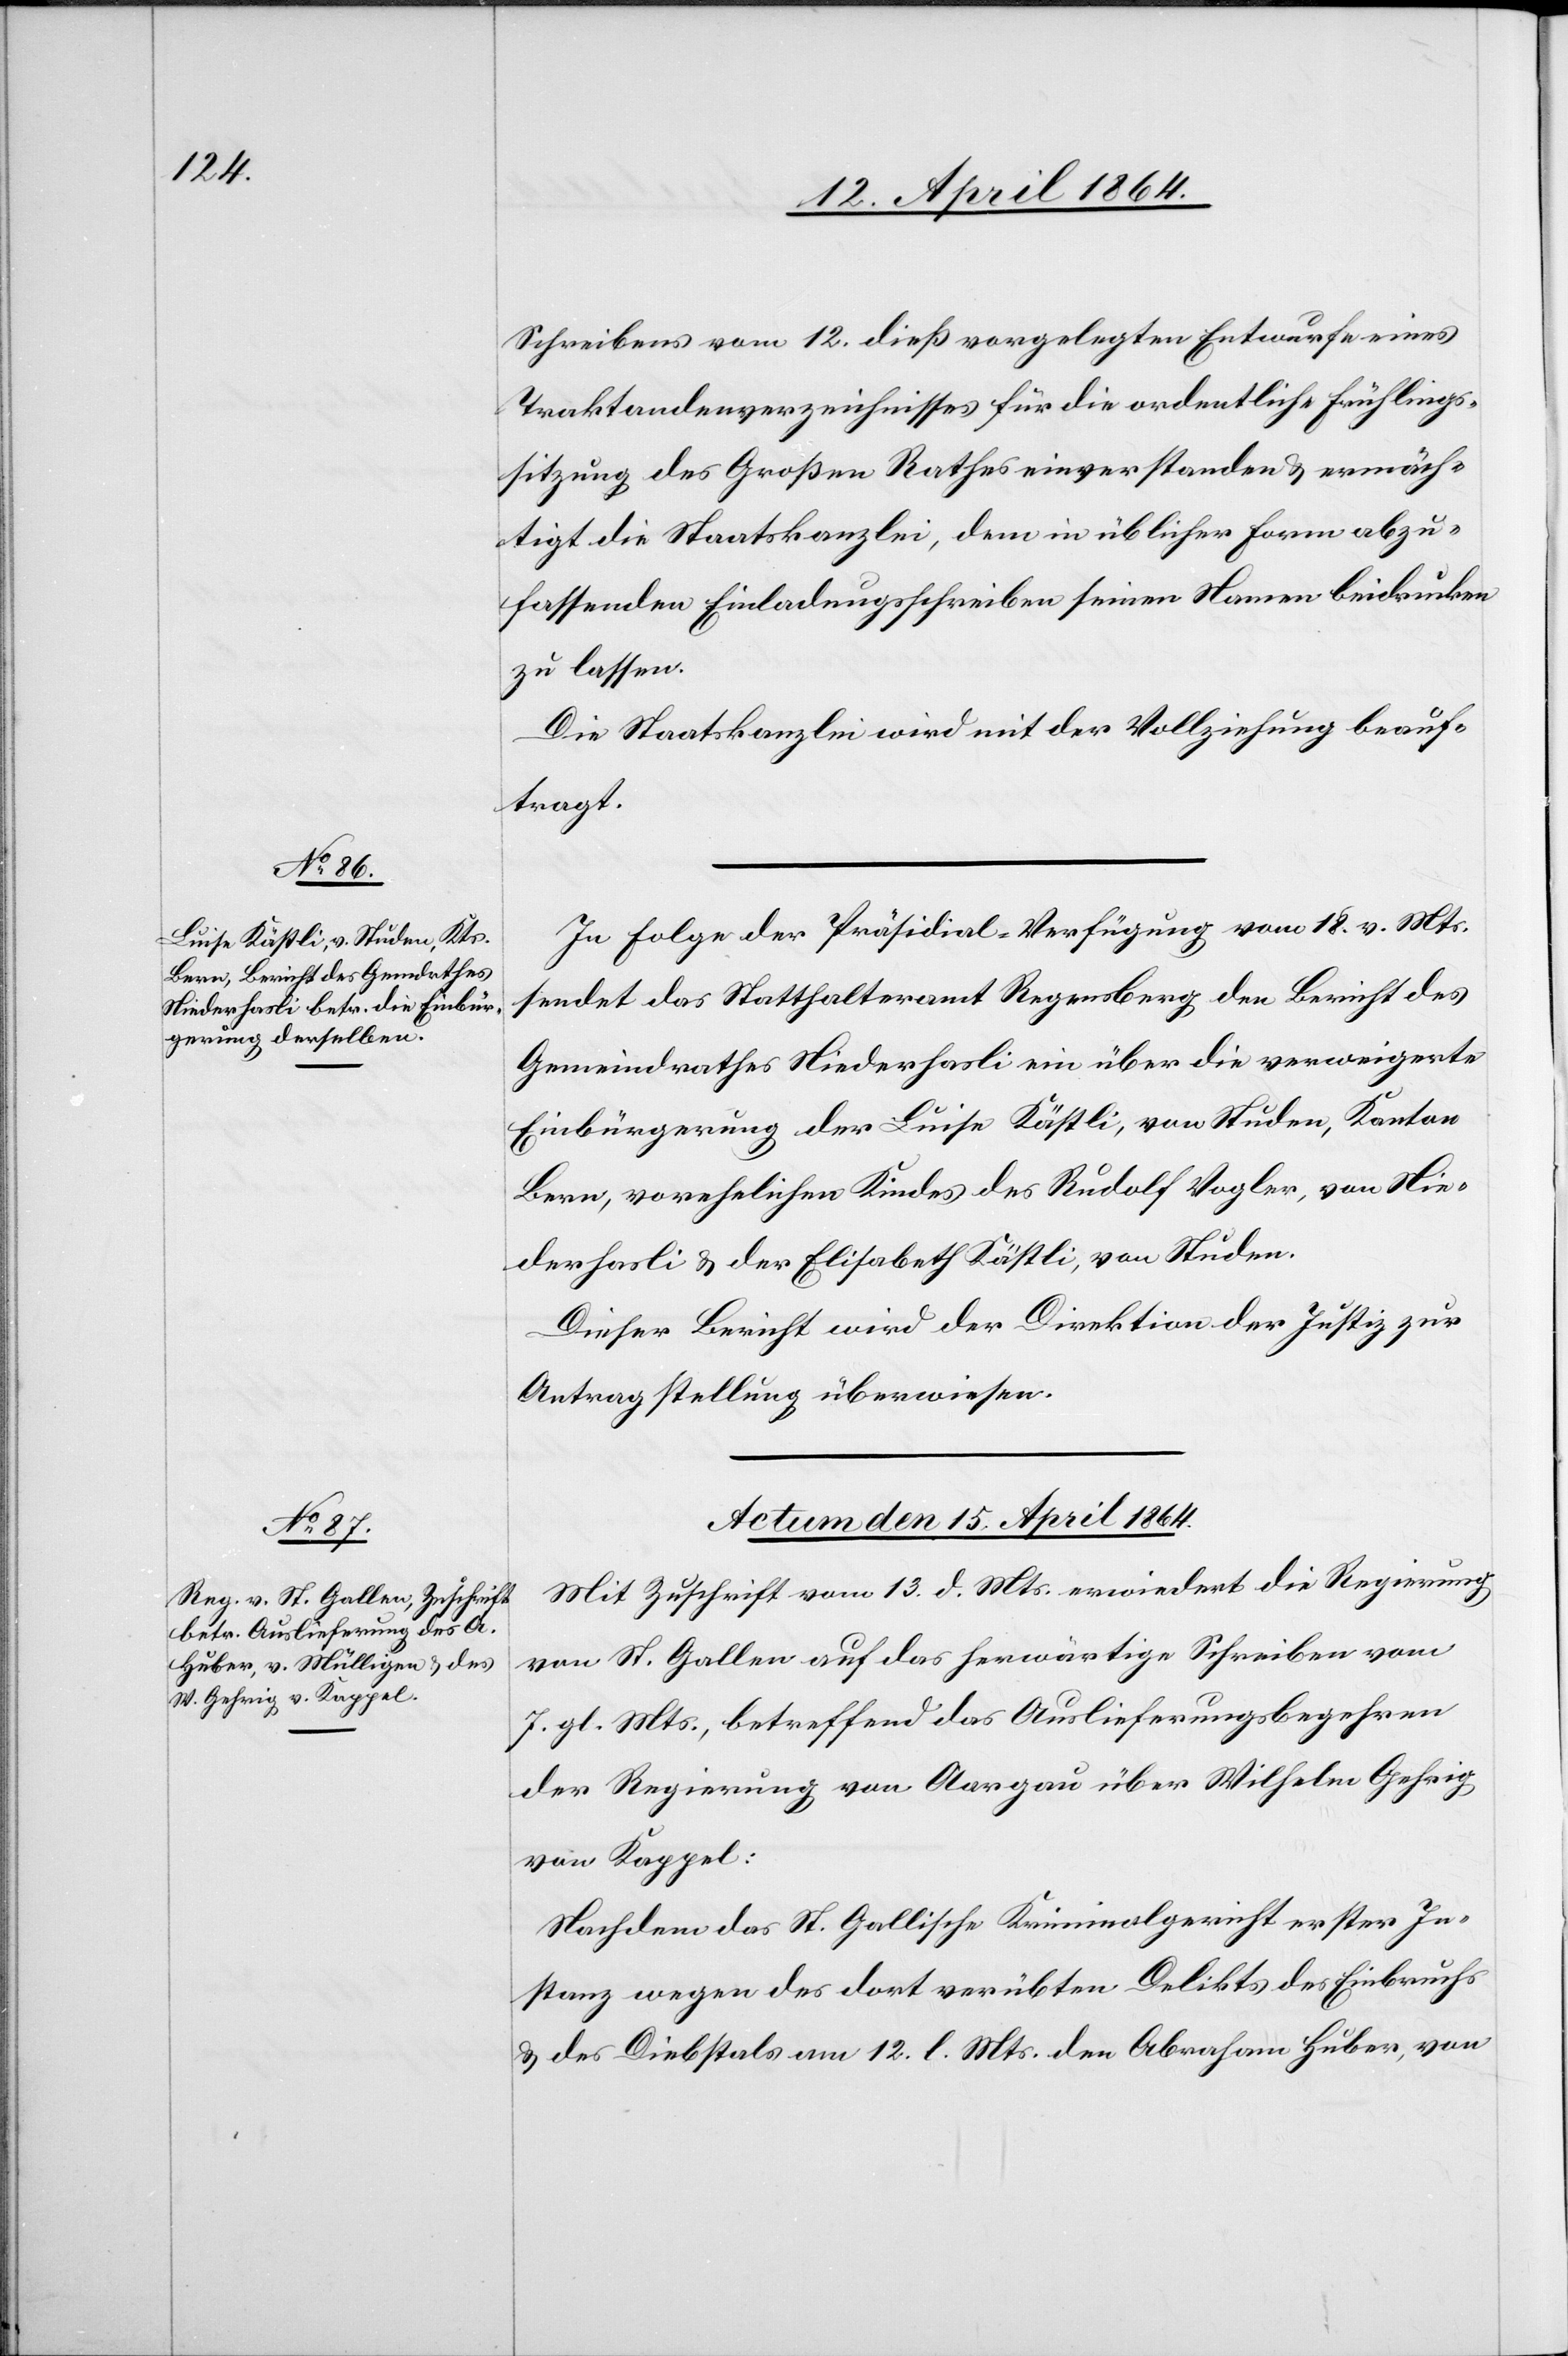
Schreibens vom 12. dieß vorgelegten Entwurfe eines
Traktandenverzeichnisses für die ordentliche Frühlings¬
sitzung des Großen Rathes einverstanden u. ermäch¬
tigt die Staatskanzlei, dem in üblicher Form abzu¬
fassenden Einladungsschreiben seinen Namen beidrucken
zu lassen.
Die Staatskanzlei wird mit der Vollziehung beauf¬
tragt.
In Folge der Präsidial-Verfügung vom 18. v. Mts.
sendet das Statthalteramt Regensberg den Bericht des
Gemeindrathes Niederhasli ein über die verweigerte
Einbürgerung der Luise Kästli, von Studen, Kanton
Bern, vorehelichen Kindes des Rudolf Vogler, von Nie¬
derhasli u. der Elisabeth Kästli, von Studen.
Dieser Bericht wird der Direktion der Justiz zur
Antragstellung überwiesen.
Actum den 15. April 1864.
Mit Zuschrift vom 13. d. Mts. erwiedert die Regierung
von St. Gallen auf das herwärtige Schreiben vom
7. gl. Mts., betreffend das Auslieferungsbegehren
der Regierung von Aargau über Wilhelm Gehrig
von Kappel:
Nachdem das St. Gallische Kriminalgericht erster In¬
stanz wegen des dort verübten Delikts des Einbruchs
u. des Diebstals am 12. l. Mts. den Abraham Huber, von